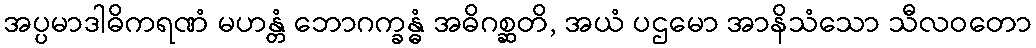
အပ္ပမာဒါဓိကရဏံ မဟန္တံ ဘောဂက္ခန္ဓံ အဓိဂစ္ဆတိ, အယံ ပဌမော အာနိသံသော သီလဝတော